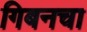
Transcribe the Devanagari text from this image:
गिबनचा